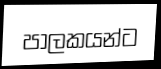
පාලකයන්ට